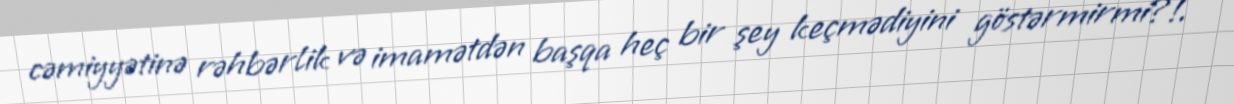
cəmiyyətinə rəhbərlik və imamətdən başqa heç bir şey keçmədiyini göstərmirmi?!.